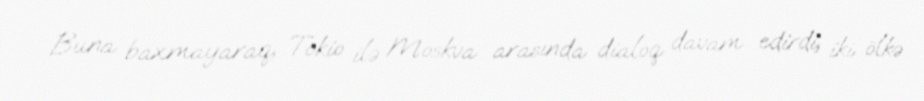
Buna baxmayaraq, Tokio ilə Moskva arasında dialoq davam edirdi, iki ölkə